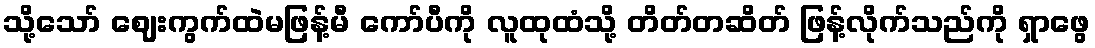
သို့သော် ဈေးကွက်ထဲမဖြန့်မီ ကော်ပီကို လူထုထံသို့ တိတ်တဆိတ် ဖြန့်လိုက်သည်ကို ရှာဖွေ